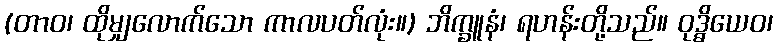
(တာဝ၊ ထိုမျှလောက်သော ကာလပတ်လုံး။) ဘိက္ခူနံ၊ ရဟန်းတို့သည်။ ဝုဒ္ဓိယေဝ၊